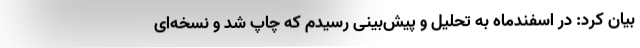
بیان کرد: در اسفندماه به تحلیل و پیش‌بینی رسیدم که چاپ شد و نسخه‌ای